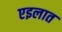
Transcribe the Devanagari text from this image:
एइलात